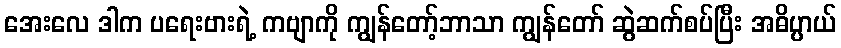
အေးလေ ဒါက ပရေးဗားရဲ့ ကဗျာကို ကျွန်တော့်ဘာသာ ကျွန်တော် ဆွဲဆက်စပ်ပြီး အဓိပ္ပာယ်